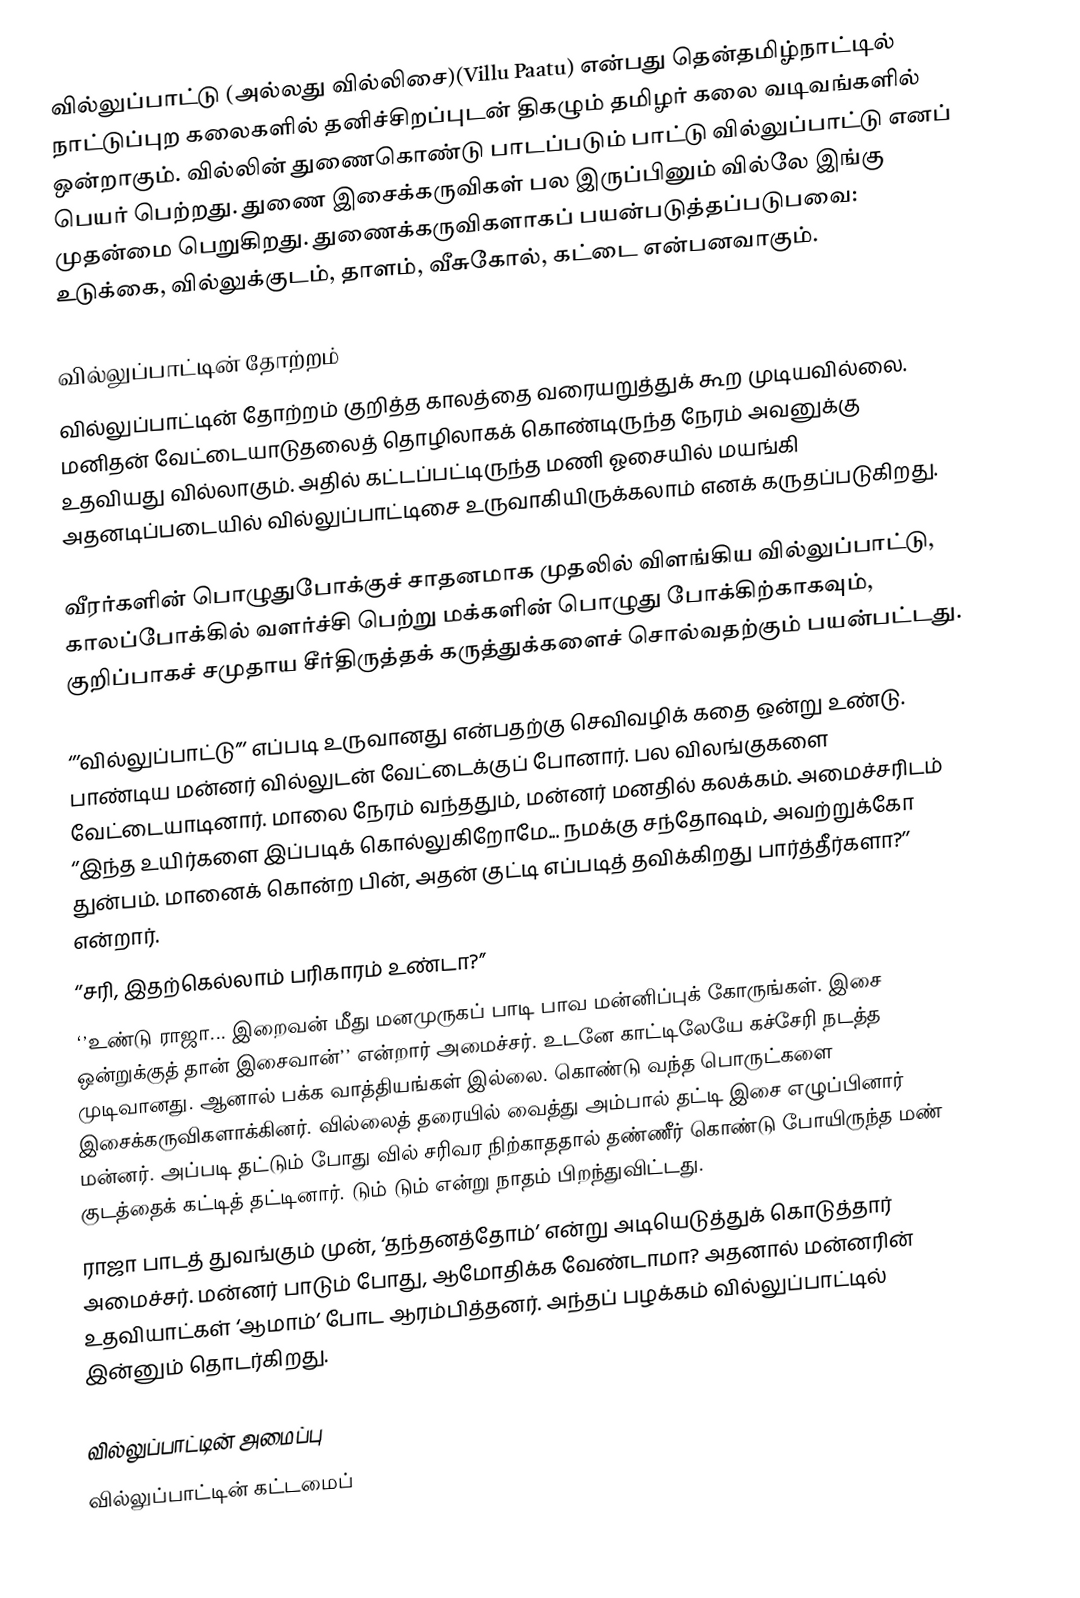
வில்லுப்பாட்டு (அல்லது வில்லிசை)(Villu Paatu) என்பது தென்தமிழ்நாட்டில் நாட்டுப்புற கலைகளில் தனிச்சிறப்புடன் திகழும் தமிழர் கலை வடிவங்களில் ஒன்றாகும். வில்லின் துணைகொண்டு பாடப்படும் பாட்டு வில்லுப்பாட்டு எனப் பெயர் பெற்றது. துணை இசைக்கருவிகள் பல இருப்பினும் வில்லே இங்கு முதன்மை பெறுகிறது. துணைக்கருவிகளாகப் பயன்படுத்தப்படுபவை: உடுக்கை, வில்லுக்குடம், தாளம், வீசுகோல், கட்டை என்பனவாகும்.

வில்லுப்பாட்டின் தோற்றம்
வில்லுப்பாட்டின் தோற்றம் குறித்த காலத்தை வரையறுத்துக் கூற முடியவில்லை. மனிதன் வேட்டையாடுதலைத் தொழிலாகக் கொண்டிருந்த நேரம் அவனுக்கு உதவியது வில்லாகும். அதில் கட்டப்பட்டிருந்த மணி ஓசையில் மயங்கி அதனடிப்படையில் வில்லுப்பாட்டிசை உருவாகியிருக்கலாம் எனக் கருதப்படுகிறது.

வீரர்களின் பொழுதுபோக்குச் சாதனமாக முதலில் விளங்கிய வில்லுப்பாட்டு, காலப்போக்கில் வளர்ச்சி பெற்று மக்களின் பொழுது போக்கிற்காகவும், குறிப்பாகச் சமுதாய  சீர்திருத்தக் கருத்துக்களைச் சொல்வதற்கும் பயன்பட்டது.

‘’’வில்லுப்பாட்டு’’’ எப்படி உருவானது என்பதற்கு செவிவழிக் கதை ஒன்று உண்டு. பாண்டிய மன்னர் வில்லுடன் வேட்டைக்குப் போனார். பல விலங்குகளை வேட்டையாடினார். மாலை நேரம் வந்ததும், மன்னர் மனதில் கலக்கம். அமைச்சரிடம் ‘’இந்த உயிர்களை இப்படிக் கொல்லுகிறோமே... நமக்கு சந்தோஷம், அவற்றுக்கோ துன்பம். மானைக் கொன்ற பின், அதன் குட்டி எப்படித் தவிக்கிறது பார்த்தீர்களா?’’ என்றார்.
‘’சரி, இதற்கெல்லாம் பரிகாரம் உண்டா?’’
‘’உண்டு ராஜா... இறைவன் மீது மனமுருகப் பாடி பாவ மன்னிப்புக் கோருங்கள். இசை ஒன்றுக்குத் தான் இசைவான்’’ என்றார் அமைச்சர். உடனே காட்டிலேயே கச்சேரி நடத்த முடிவானது. ஆனால் பக்க வாத்தியங்கள் இல்லை. கொண்டு வந்த பொருட்களை இசைக்கருவிகளாக்கினர். வில்லைத் தரையில் வைத்து அம்பால் தட்டி இசை எழுப்பினார் மன்னர். அப்படி தட்டும் போது வில் சரிவர நிற்காததால்  தண்ணீர் கொண்டு போயிருந்த மண் குடத்தைக் கட்டித் தட்டினார். டும் டும் என்று நாதம் பிறந்துவிட்டது.
ராஜா பாடத் துவங்கும் முன், ‘தந்தனத்தோம்’ என்று அடியெடுத்துக் கொடுத்தார் அமைச்சர். மன்னர் பாடும் போது, ஆமோதிக்க வேண்டாமா? அதனால் மன்னரின் உதவியாட்கள் ‘ஆமாம்’ போட ஆரம்பித்தனர். அந்தப் பழக்கம் வில்லுப்பாட்டில் இன்னும் தொடர்கிறது.

வில்லுப்பாட்டின் அமைப்பு
வில்லுப்பாட்டின் கட்டமைப்